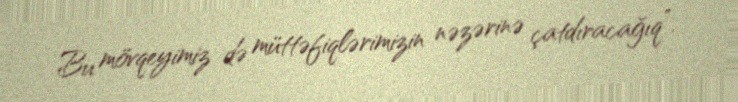
Bu mövqeyimiz də müttəfiqlərimizin nəzərinə çatdıracağıq”.